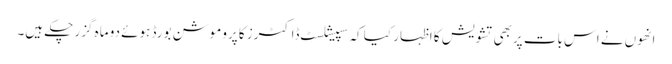
انھوں نے اس بات پربھی تشویش کا اظہار کیا کہ سپیشلسٹ ڈاکٹرز کا پروموشن بورڈ ہوئے دو ماہ گزر چکے ہیں۔